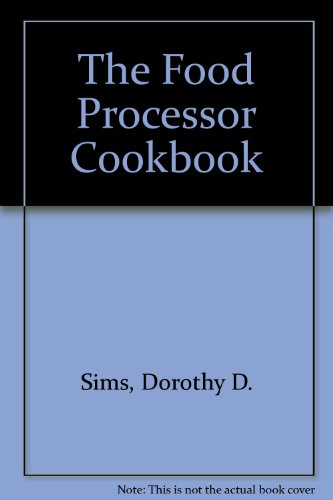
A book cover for The Food Processor Cookbook; Dorothy D. Sims; Cookbooks, Food & Wine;